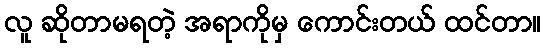
လူ ဆိုတာမရတဲ့ အရာကိုမှ ကောင်းတယ် ထင်တာ။